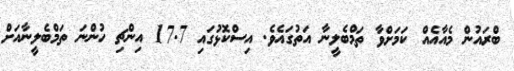
ބްރައުން މެއާއެއް ކަމަށްވާ ތަމްބެލީނާ އަތުގައެވެ. އިސްކޮޅުގައި 17.7 އިންޗި ހުންނަ ތަމްބެލީނާއަށް